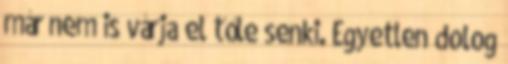
már nem is várja el tőle senki. Egyetlen dolog